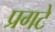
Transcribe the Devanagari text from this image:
प्रगटे